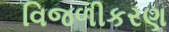
વિજળીકરણ